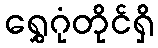
ရွှေဂုံတိုင်ရှိ